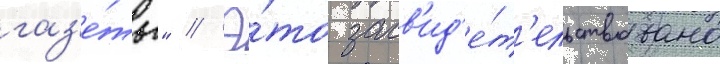
газ'е́ты" // Э́то засв'ид'е́т'ельствовано